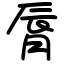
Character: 脣